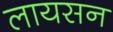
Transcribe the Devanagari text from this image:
लायसन